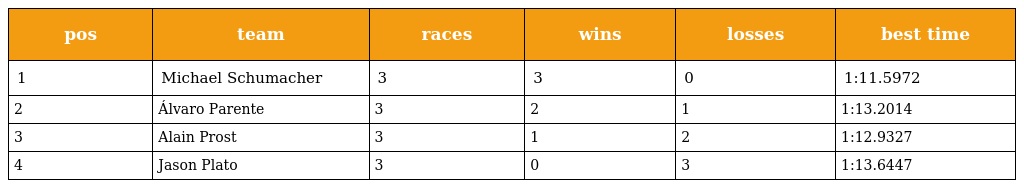
| pos | team | races | wins | losses | best time |
 | --- | --- | --- | --- | --- | --- |
 | 1 | Michael Schumacher | 3 | 3 | 0 | 1:11.5972 |
 | 2 | Álvaro Parente | 3 | 2 | 1 | 1:13.2014 |
 | 3 | Alain Prost | 3 | 1 | 2 | 1:12.9327 |
 | 4 | Jason Plato | 3 | 0 | 3 | 1:13.6447 |